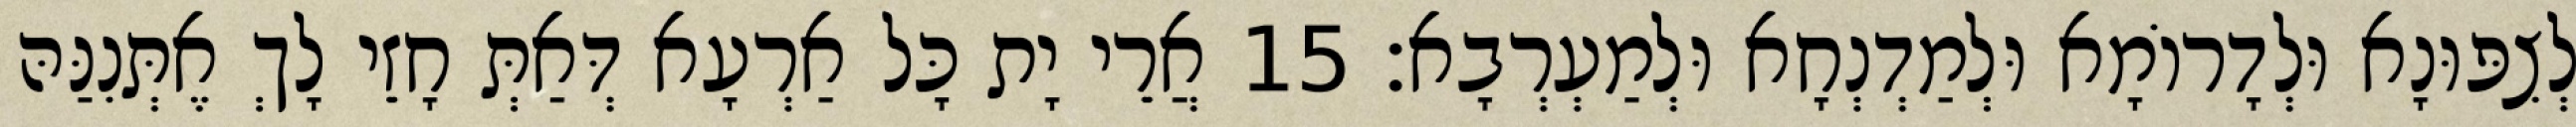
לְצִפּוּנָא וּלְדָרוֹמָא וּלְמַדְנְחָא וּלְמַעְרְבָא׃ 15 אֲרֵי יָת כָּל אַרְעָא דְּאַתְּ חָזֵי לָךְ אֶתְּנִנַּהּ